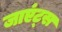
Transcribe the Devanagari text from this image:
जाएंट्स